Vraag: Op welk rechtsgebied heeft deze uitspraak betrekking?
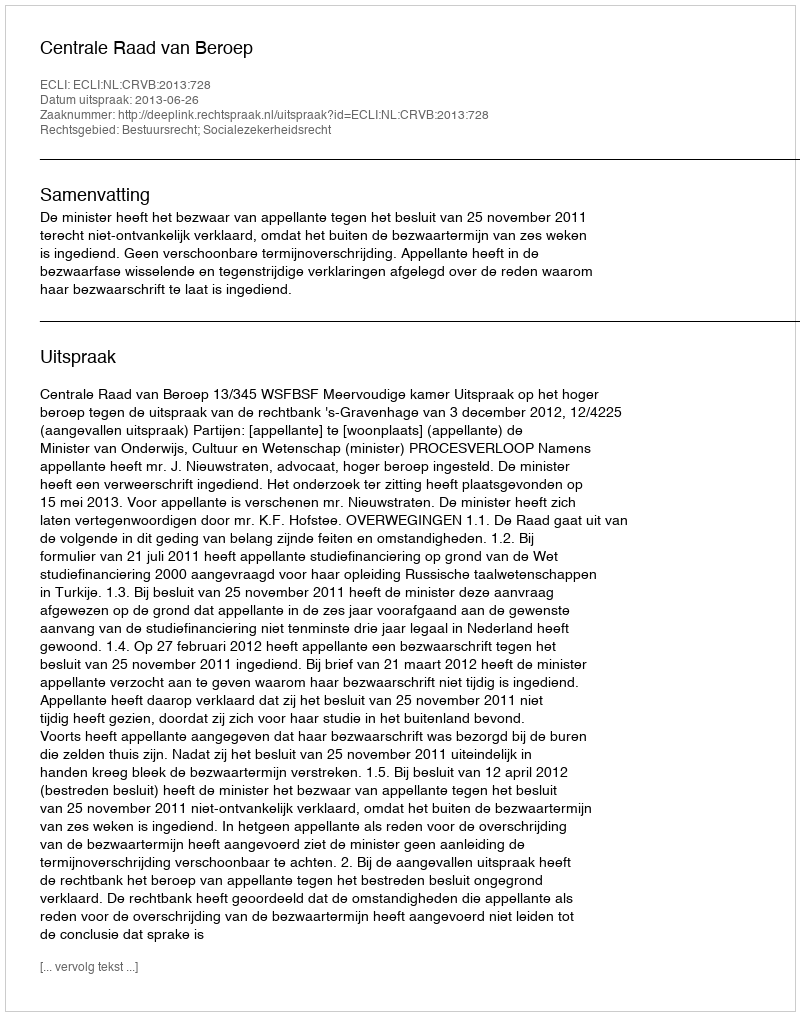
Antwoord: Bestuursrecht; Socialezekerheidsrecht